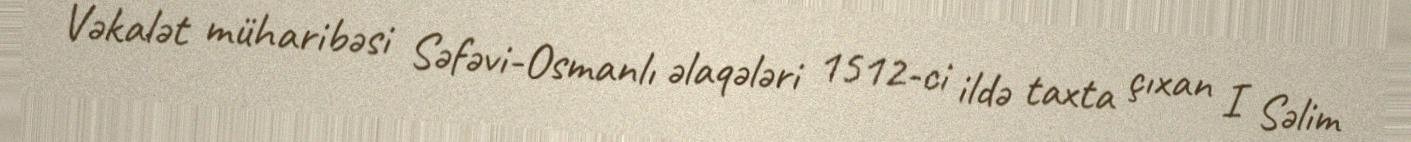
Vəkalət müharibəsi Səfəvi-Osmanlı əlaqələri 1512-ci ildə taxta çıxan I Səlim